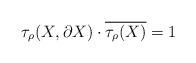
LaTeX: \begin{align*}\tau_{\rho}(X,\partial X)\cdot \overline{\tau_{\rho}(X)}=1\end{align*}